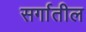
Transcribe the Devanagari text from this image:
सर्गातील